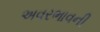
અવરભાવની